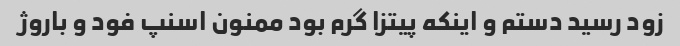
زود رسید دستم و اینکه پیتزا گرم بود ممنون اسنپ فود و باروژ